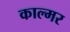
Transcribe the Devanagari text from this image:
काल्मर